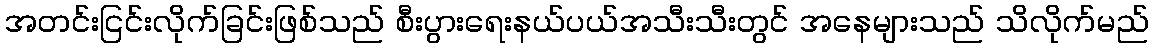
အတင်းငြင်းလိုက်ခြင်းဖြစ်သည် စီးပွားရေးနယ်ပယ်အသီးသီးတွင် အနေများသည် သိလိုက်မည်